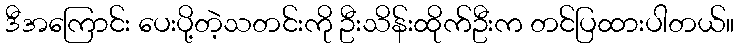
ဒီအကြောင်း ပေးပို့တဲ့သတင်းကို ဦးသိန်းထိုက်ဦးက တင်ပြထားပါတယ်။